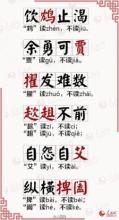
重足而立，侧目而视。